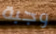
وجبة